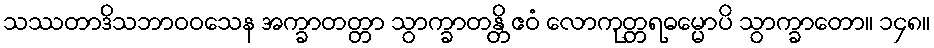
သဿတာဒိသဘာဝဝသေန အက္ခာတတ္တာ သွာက္ခာတန္တိ ဧဝံ လောကုတ္တရဓမ္မောပိ သွာက္ခာတော။ ၁၄၈။